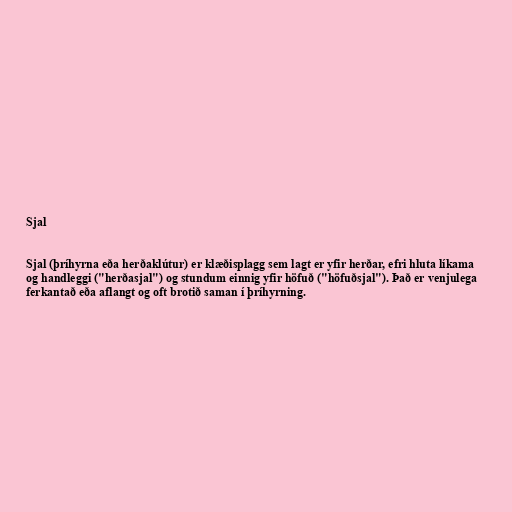
Sjal

Sjal (þríhyrna eða herðaklútur) er klæðisplagg sem lagt er yfir herðar, efri hluta líkama
og handleggi ("herðasjal") og stundum einnig yfir höfuð ("höfuðsjal"). Það er venjulega
ferkantað eða aflangt og oft brotið saman í þríhyrning.